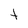
Character: t